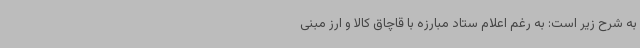
به شرح زیر است: به رغم اعلام ستاد مبارزه با قاچاق کالا و ارز مبنی